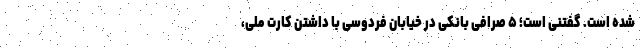
شده است. گفتنی است؛ ۵ صرافی بانکی در خیابان فردوسی با داشتن کارت ملی،